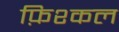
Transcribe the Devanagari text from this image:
फ़िश्कल